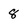
Character: 8